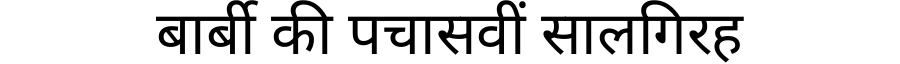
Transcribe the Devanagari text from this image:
बार्बी की पचासवीं सालगिरह